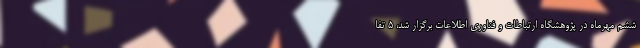
ششم مهرماه در پژوهشگاه ارتباطات و فناوری اطلاعات برگزار شد، 5 تفا